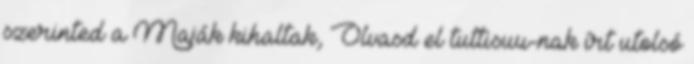
szerinted a Maják kihaltak, Olvasd el tuttisuu-nak írt utolsó